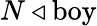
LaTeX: N\triangleleft{\mathrm{boy}}